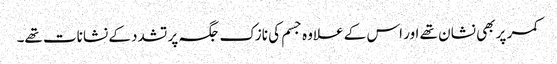
کمر پر بھی نشان تھے اور اس کے علاوہ جسم کی نازک جگہ پر تشدد کے نشانات تھے۔